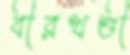
বীরখণ্ডী